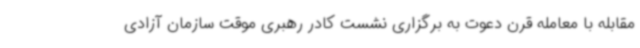
مقابله با معامله قرن دعوت به برگزاری نشست کادر رهبری موقت سازمان آزادی